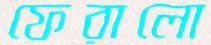
ফেরালো